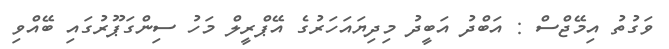
ވަގުތު އިމޭޖްސް : އަބްދު އަބީދު މިދިޔައަހަރުގެ އޭޕްރީލް މަހު ސިންގަޕޫރުގައި ބޭއްވި